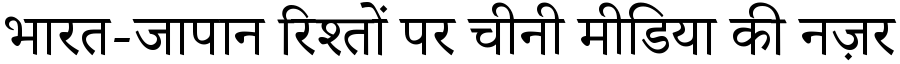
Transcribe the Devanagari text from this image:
भारत-जापान रिश्तों पर चीनी मीडिया की नज़र